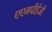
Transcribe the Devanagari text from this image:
एएमपीईजी